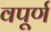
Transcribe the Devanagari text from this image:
वपूर्ण